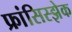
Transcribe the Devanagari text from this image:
फ्रांसिस्झेक